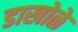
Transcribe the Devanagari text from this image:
डाखोळे